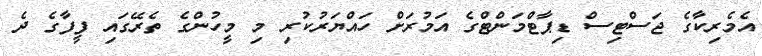
އެމެރިކާގެ ޖަސްޓިސް ޑިޕާޓްމަންޓްގެ އަމުރަށް ހައްޔަރުކުރި މި މީހުންގެ ތެރޭގައި ފީފާގެ ދެ